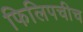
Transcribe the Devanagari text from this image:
फिलिपचीच